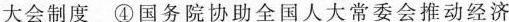
大会制度④国务院协助全国人大常委会推动经济